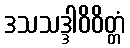
ဒသသဒ္ဒါဝိဝိတ္တံ